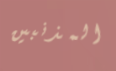
المذنبين